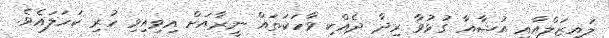
ލައިޒަލްއާއި އުޝާއާ ގުޅުވާ ރިދާ ދެއްކި ވާހަކަތައް ނީރާއަށް އިވިއިވި ހުރި ކަހަލައެވެ.